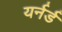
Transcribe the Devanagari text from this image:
यर्नर्ड